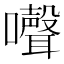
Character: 𡄔